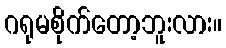
ဂရုမစိုက်တော့ဘူးလား။